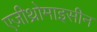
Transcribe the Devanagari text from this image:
एज़ीथ्रोमाइसीन